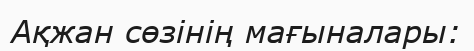
Ақжан сөзінің мағыналары: